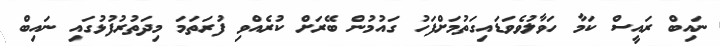
ނައިބް ރައީސް ކަމާ ހަވާލުވެވަޑައިގަތުމަށްފަހު ގައުމުން ބޭރަށް ކުރެއްވި ފުރަތަމަ މިދަތުރުފުޅުގައި ނައިބް